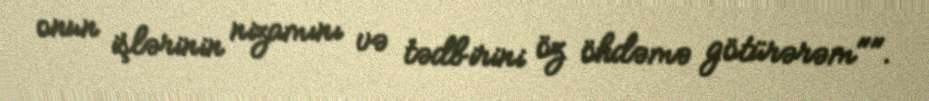
onun işlərinin nizamını və tədbirini öz öhdəmə götürərəm"".